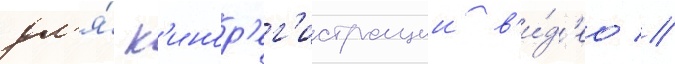
дл'я́ к'инор'ег'истрации в'и́д'ео //